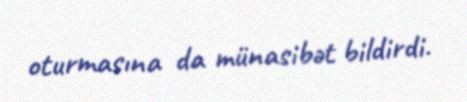
oturmasına da münasibət bildirdi.